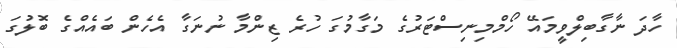
ހާދަ ނާގާބިލްވީމައޭ ހޯމްމިނިސްޓަރުގެ މަގާމުގަ ހުރެ ޒިންމާ ނުނަގާ އެހެން ބައެއްގެ ބޮލުގަ